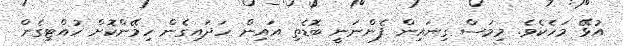
އުޅޭ މަހެކެވެ. މިމަސް ގިނައިން ފެންނަނީ ބޮޑެތި އައިން ހަދައިގެން ހިމޭންކޮށް ހުއްޓިގެން